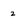
Character: 2